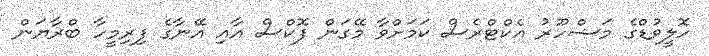
ހޮލީވުޑްގެ މަޝްހޫރު އެކްޓްރެސް ކަމަށްވާ މޭގަން ފޮކްސް އާއި އޭނާގެ ފިރިމީހާ ބްރާޔަން